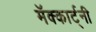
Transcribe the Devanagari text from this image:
मॅक्कार्ट्नी